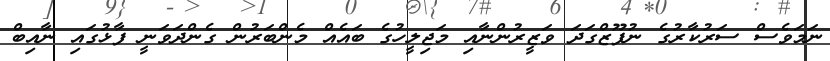
ނަމަވެސް ސަރުކާރުގެ ނުފޫޒްގަދަ ވަޒީރުންނާއި މަޖިލީހުގެ ބައެއް މެންބަރުން ގެންދަވަނީ ފާޅުގައި ނާއިބް